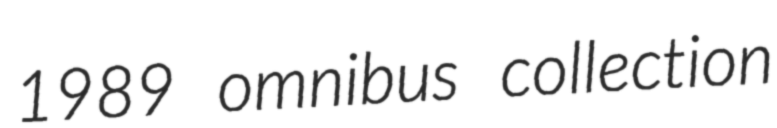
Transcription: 1989 omnibus collection